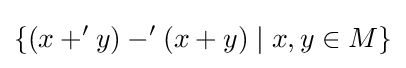
\{(x+'y)-'(x+y)\mid x,y\in M\}